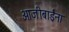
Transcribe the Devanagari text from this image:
आजीबाईंना